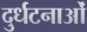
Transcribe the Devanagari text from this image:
दुर्धटनाओं